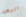
البعد